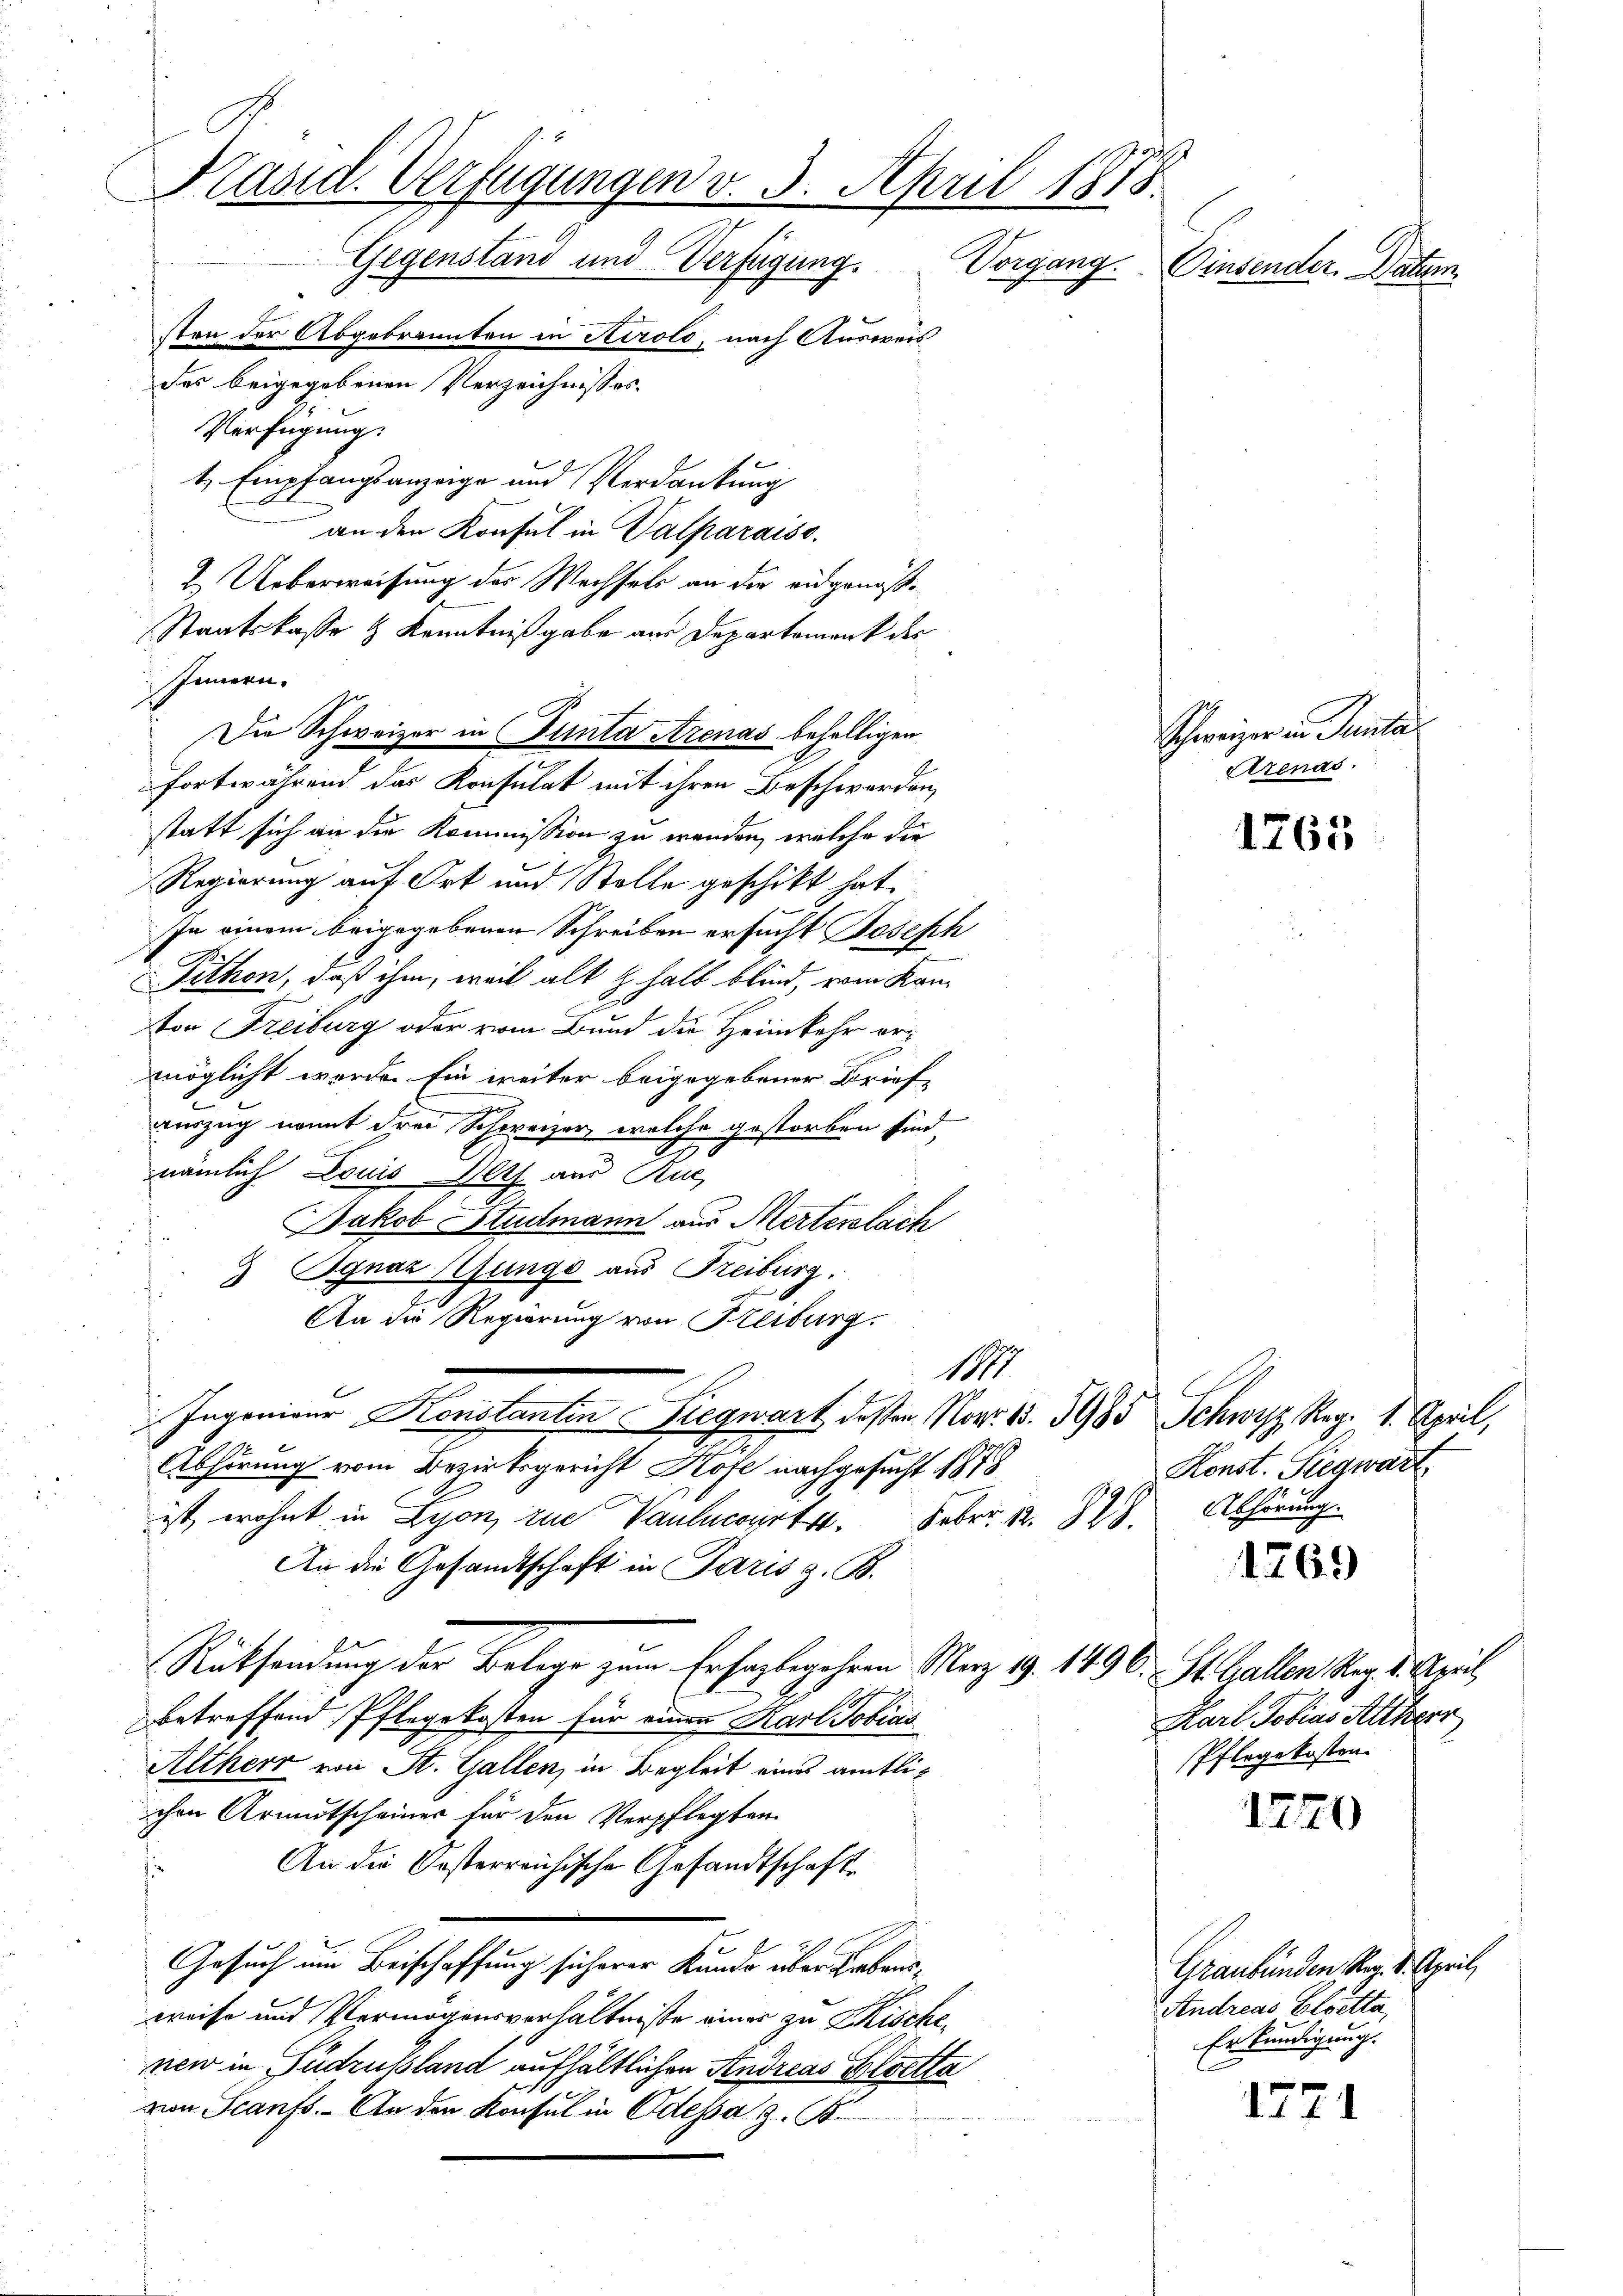
Kasid. Verfügungen v. 3. April 1875.
Gegenstand und Verfügung.
Vorgang. Einsender Datum

sten der Abgebrannten in Airolo, nach Ausweis
des beigegebenen Verzeichnisses.
Verfügung:
t Empfangsanzeige und Verdankung
an den Konsul in Valparaiso
2. Ueberweisung des Wechsels an die eidgenöß¬
Staatskasse & Kenntnißgabe aus Departement der
IInnern.
Die Schweizer in Gunta Arenas behaltigen
fortwährend das Konsulat mit ihren Beschwerden,
statt sich an die Kommission zu wenden, welche die
Regierung auf Ort und Stelle geschikt hat.
In einem beigegebenen Schreiben ersucht Joseph
Fithon, daß ihm, weil alt halt blind, vom Kam
von Freiburg oder vom Bund die Heimkehr ermöglicht werde. Ein weiter beigegebener Brief-
auszug nomit drei Schweizer, welche gestorben sind,
nämlich Louis lt. aus Ruc
Jakob Studmann aus Merterlach
9 Ignaz (Gungs aus Reiburg,
f
An die Regierung von Freiburg.
1M
 Ingenieur Konstanten Siegwart dessen Nov. 1. 1985 Schwyz Mag. 1. April,
Abhörung vom Bezirksgericht Hofe nachgesucht 1878
ist, wohnt in Lyon, zur Vaulncourt. Febr. 12. 328. Abhörung.
An die Gesandtschaft in Paris z. B.
Rücksendung der Belege zum Erfahligehen Merz 9. 1496. St. Gallen Reg. d. Zürich,
betreffend Pflegekosten für einen Karl Tobias
Altherr von St. Gallen, in Begleit eines amtlichen Armutscheiner für den Verpflegten
An die Kosterreichische Gesandtschaft
Gesuch um Beischaffung sicherer Kunde über Erbausweise und Vermögensverhältnisse einer zu Khischenew in Pudrussland aufhältlichen Andreas Bloetta
von Scanfs. An der Konsul in Odessa z. B.

Schweizer in Panta
Arenad.

Konst. Siegwart,

1765

1769

1240

1771

Karl Tobias Alterr
Pflegekosten.

Graubünden Kap. 1. April,
Andreas Eloetta,
Erkundigung.